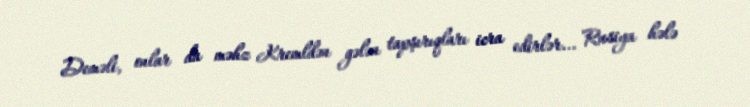
Deməli, onlar da məhz Kremldən gələn tapşırıqları icra edirlər... Rusiya hələ